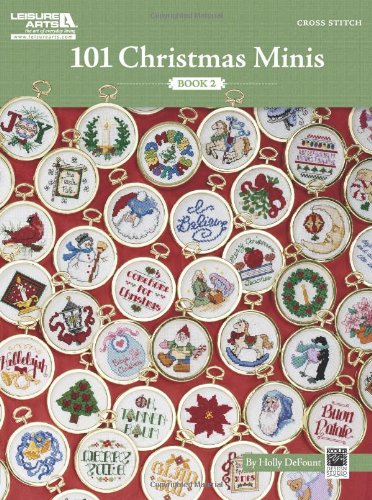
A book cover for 101 Christmas Minis, Book 2  (Leisure Arts #5523); Kooler Design Studio; Crafts, Hobbies & Home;